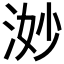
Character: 𪶋